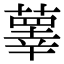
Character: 䕉